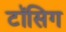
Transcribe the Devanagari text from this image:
टॉसिग